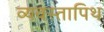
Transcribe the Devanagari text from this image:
व्यवस्तापिथ